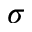
\sigma